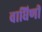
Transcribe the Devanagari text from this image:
वाघिणीं